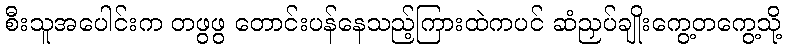
စီးသူအပေါင်းက တဖွဖွ တောင်းပန်နေသည့်ကြားထဲကပင် ဆံညှပ်ချိုးကွေ့တကွေ့သို့